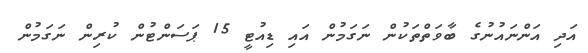
އަދި އަންނައުނުގެ ބާވަތްތަކުން ނަގަމުން އައި ޑިއުޓީ 15 ޕަސަންޓުން ކުރިން ނަގަމުން